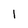
Character: 1